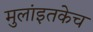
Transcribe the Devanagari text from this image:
मुलांइतकेच